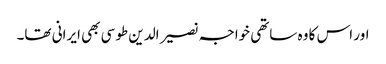
اور اس کا وہ ساتھی خواجہ نصیر الدین طوسی بھی ایرانی تھا۔